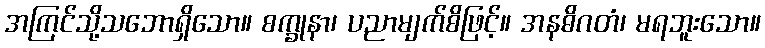
အကြင်သို့သဘောရှိသော။ စက္ခုနာ၊ ပညာမျက်စိဖြင့်။ အနဓိဂတံ၊ မရဘူးသော။